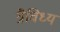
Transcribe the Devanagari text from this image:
त्रैविध्य